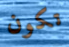
تكون